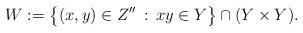
LaTeX: \begin{align*}W := \big\{ (x,y) \in Z'' \, : \, xy \in Y \big\} \cap (Y \times Y).\end{align*}